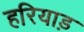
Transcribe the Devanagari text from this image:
हरियाड़